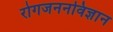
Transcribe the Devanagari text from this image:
रोगजननविज्ञान